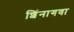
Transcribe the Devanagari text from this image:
शिंनागवा